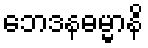
ဘေဒနဓမ္မာနိ